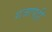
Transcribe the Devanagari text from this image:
गजापट्टी